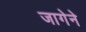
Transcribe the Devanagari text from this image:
जागेने